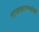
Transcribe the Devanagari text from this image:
राजकारण्यांशी